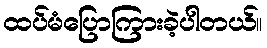
ထပ်မံပြောကြားခဲ့ပါတယ်။